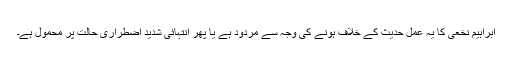
ابراہیم نخعی کا یہ عمل حدیث کے خلاف ہونے کی وجہ سے مردود ہے یا پھر انتہائی شدید اضطراری حالت پر محمول ہے۔